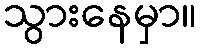
သွားနေမှာ။